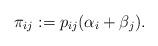
LaTeX: \begin{align*}\pi_{ij} := p_{ij}(\alpha_i + \beta_j).\end{align*}